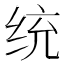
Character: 统